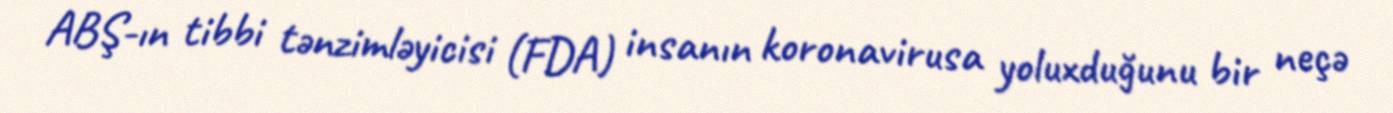
ABŞ-ın tibbi tənzimləyicisi (FDA) insanın koronavirusa yoluxduğunu bir neçə